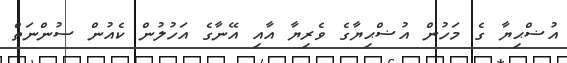
އުޟްޙިޔާ ގެ މަހުން އުޟްޙިޔާގެ ވެރިޔާ އާއި އޭނާގެ އަހުލުން ކެއުން ސުންނަތް